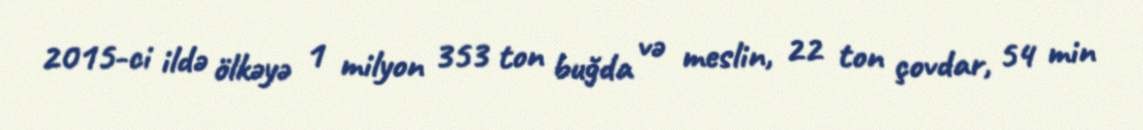
2015-ci ildə ölkəyə 1 milyon 353 ton buğda və meslin, 22 ton çovdar, 54 min